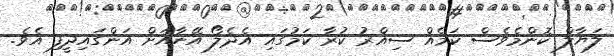
ލަޔާލް ކޮންމެވެސް ކަމެއް ސިއްރު ކުރާ ކަމުގައި އެދެލޯ އޭނާއަށް އަންގައިދީފި އެވެ.